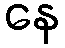
နေ